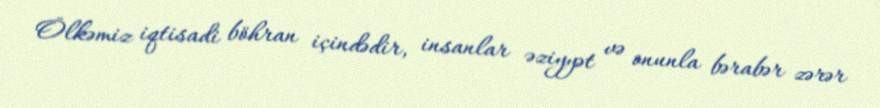
Ölkəmiz iqtisadi böhran içindədir, insanlar əziyyət və onunla bərabər zərər